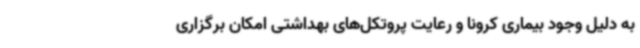
به دلیل وجود بیماری کرونا و رعایت پروتکل‌های بهداشتی امکان برگزاری